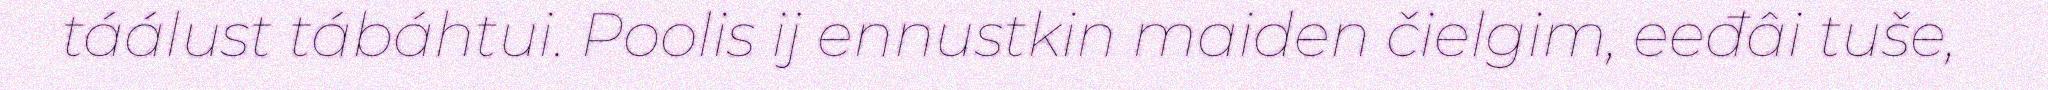
táálust tábáhtui. Poolis ij ennustkin maiden čielgim, eeđâi tuše,